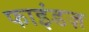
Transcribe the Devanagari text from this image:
फाइंडज़